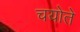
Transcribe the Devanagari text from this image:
चयोते